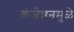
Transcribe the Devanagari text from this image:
कंजेशनमुळे